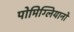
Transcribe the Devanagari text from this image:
पोमिग्लियानो